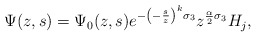
\begin{align*}\Psi(z,s)=\Psi_0(z, s)e^{-\left(-\frac{s}{z}\right)^k\sigma_3}z^{\frac{\alpha}{2} \sigma_3}H_j,\end{align*}